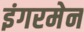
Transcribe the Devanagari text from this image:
इंगरमेन